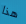
هذا